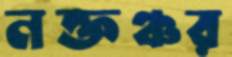
নক্তঞ্চর